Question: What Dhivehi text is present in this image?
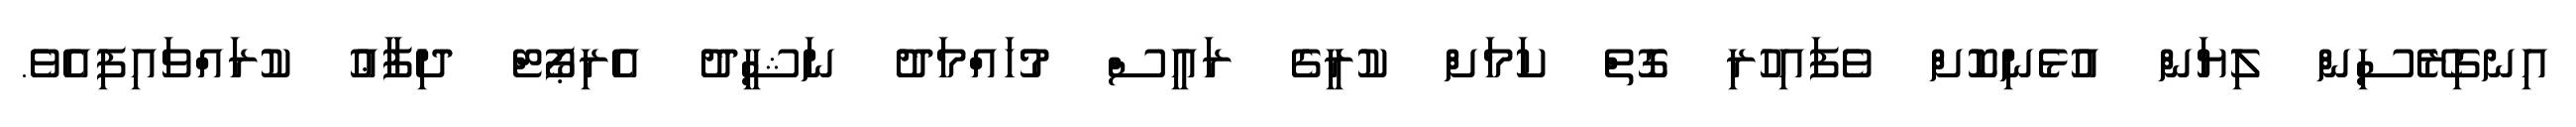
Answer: އިނގިރޭސިން ލިޔަން އުޅެނިކޮށް ވެފައިހުރި ގޮތް ކަމަށް ކުރީގެ ރައީސް މުހައްމަދު ނަޝީދު އެރިޕޯޓް ދިފާޢު ކުރައްވައިފިއެވެ.